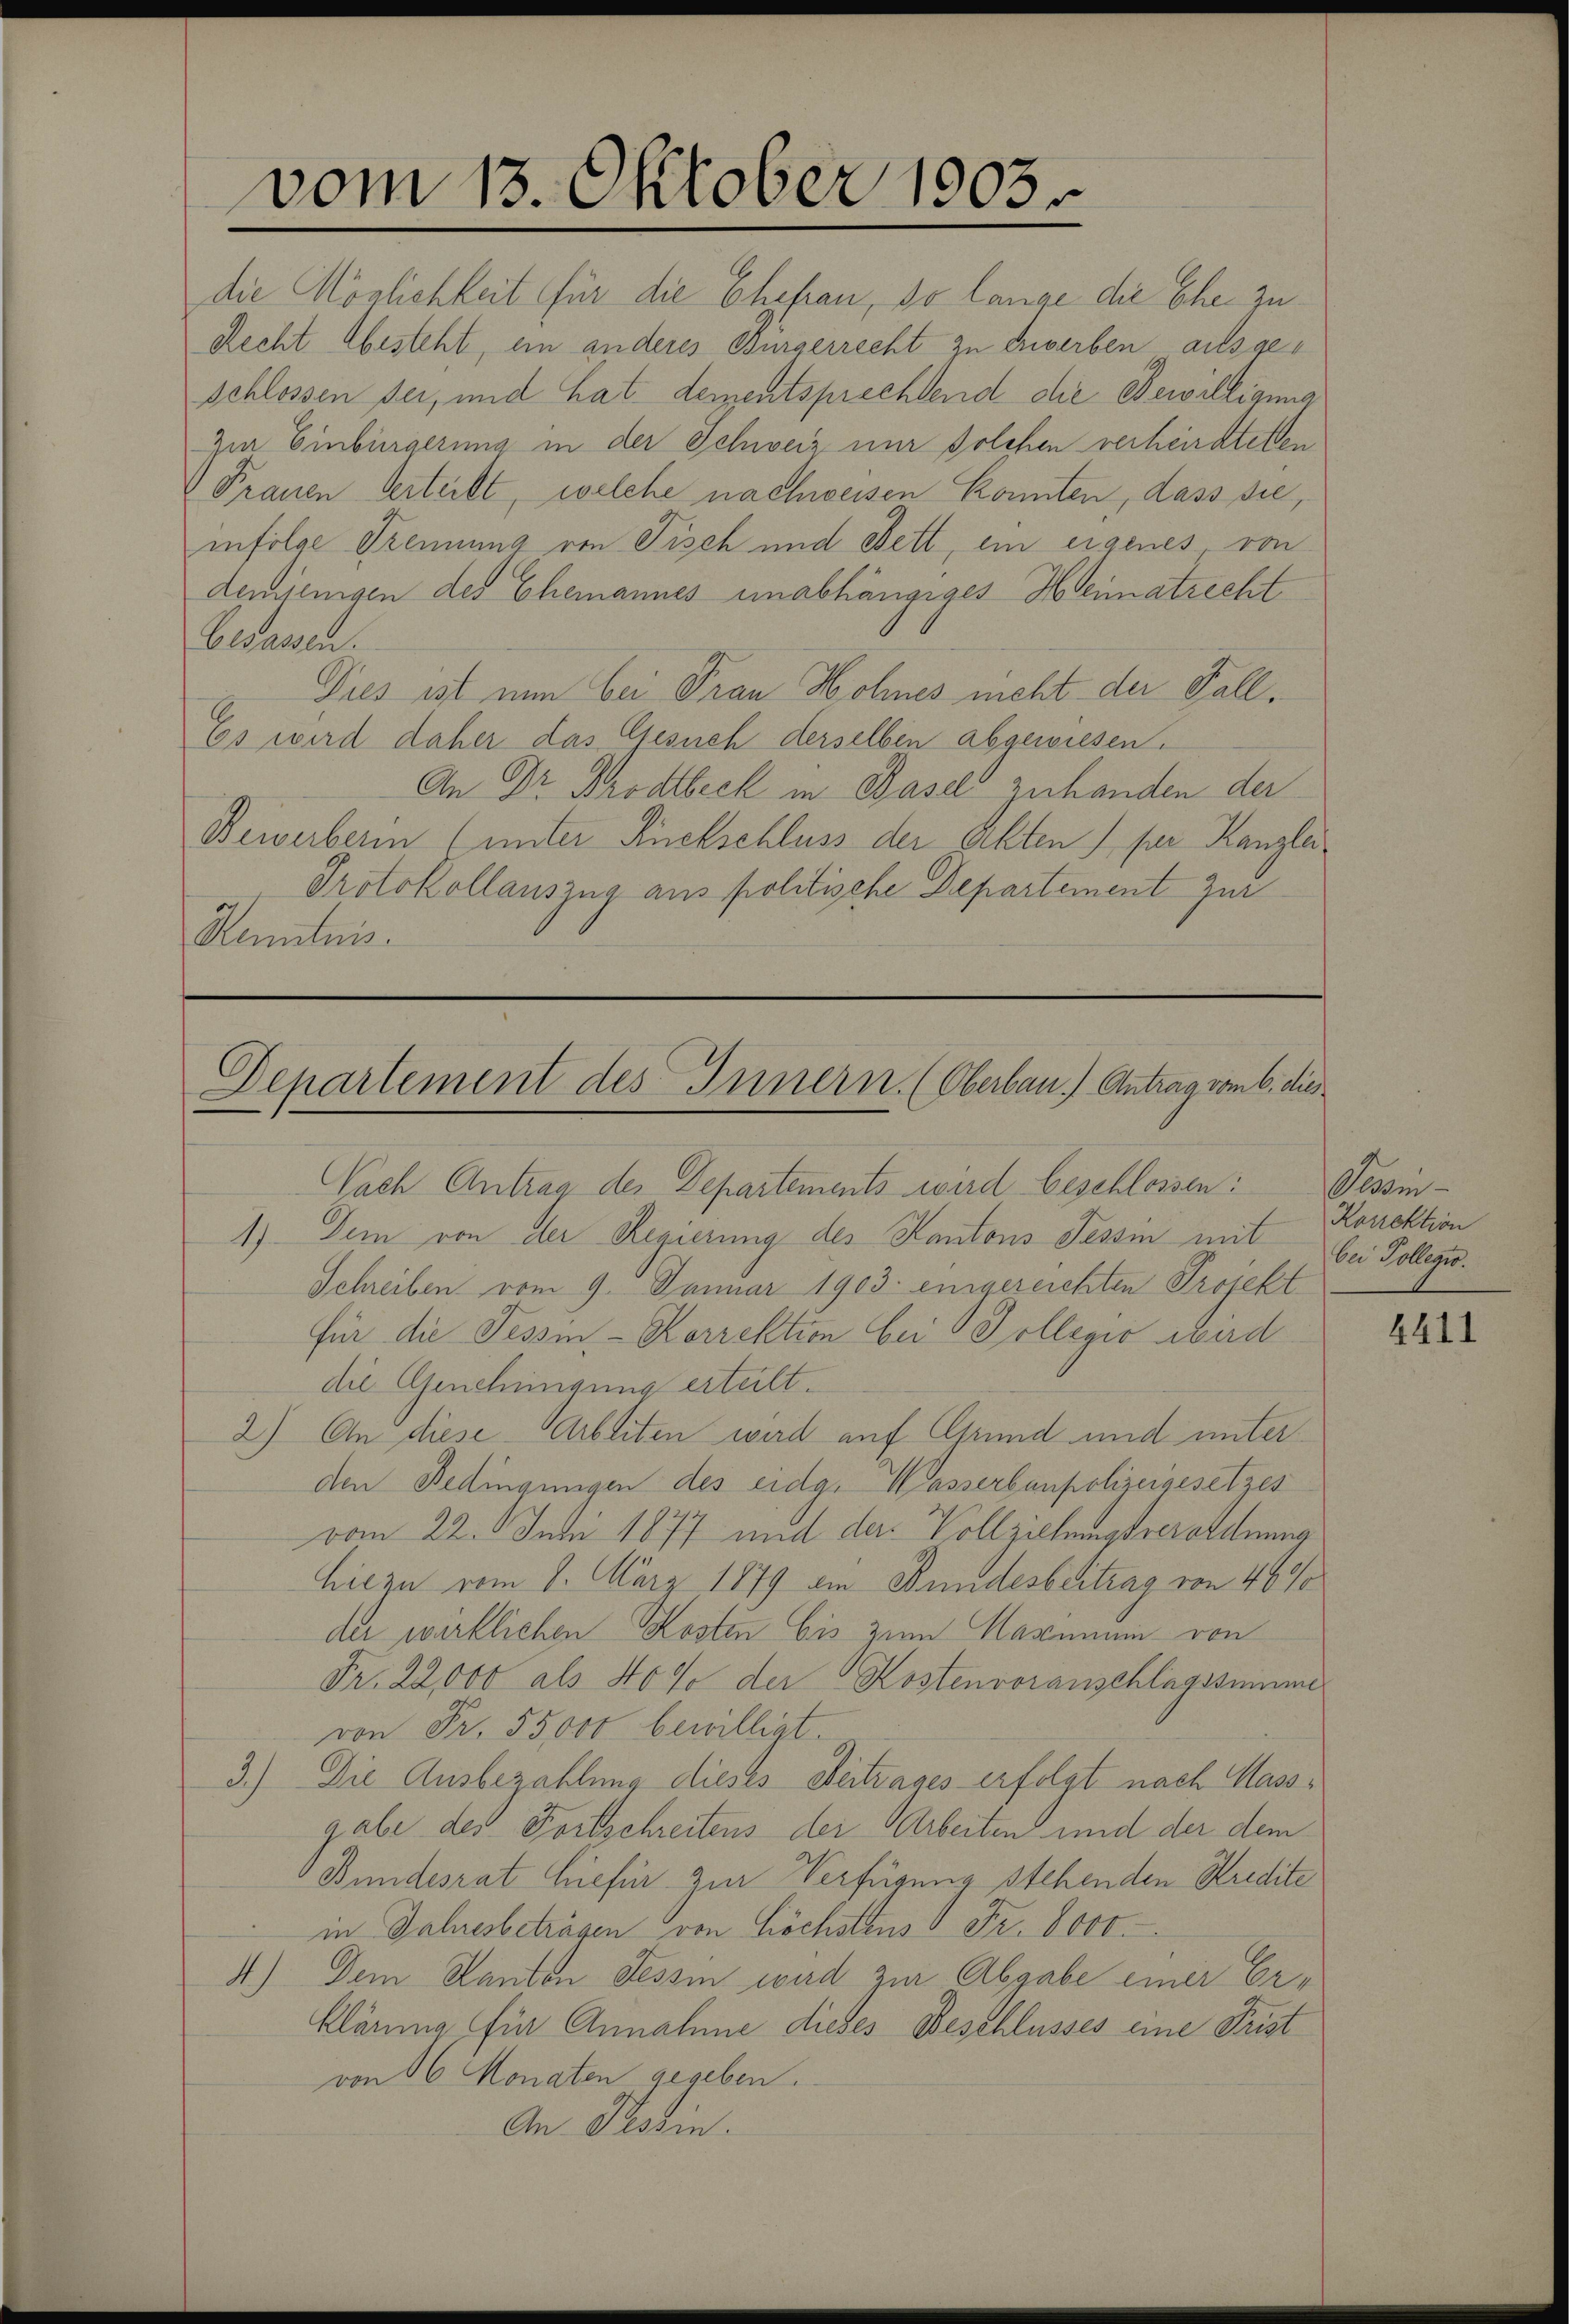
vom 15. Oktober 1903.

die Möglichkeit für die Ehefrau, so lange die Ehe zu¬
Recht besteht, ein anderes Bürgerrecht zu erwerben ausgeschlossen sei, und hat dementsprechtend die Bewilligung
Zur Einbürgerung in der Schweiz nur solchen verheiratetten
Frauen Verteilt, welche nachweisen konnten, dass sie,
infolge Trennung von Fisch und Bett, ein eigenes von
demjenigen des Ehemannes unabhängiges Heimatrecht
Elsassen.
Dies ist nun bei Frau Hohnes nicht der Fall¬
Es wird daher das Gesuch derselben abgewiesen.
An Dr. Brodtbeck in Basel zuhanden der
Bewerberin (unter Rückschluss der achten) per Kanzlei
Protokollauszug aus politische Departement zur
Kenntnis.

Departement des Innern. (Oberbau.) Antrag vom 6. dies

Nach Antrag des Departements wird beschlossen:
1) Dem von der Regierung des Kantons Tessin mit
Schreiben vom 9. Januar 1903. eingereichten Projekt
für die Tessin - Korrektion bei Kollegio wird
die Genehmigung erteilt.
2) An diese Arbeiten wird auf Grund und unter
den Bedingungen des eidg. Wasserbaupolizeigesetzes
vom 22. Juni 1877 und der Vollziehungsverordnung
hiezu vom 8. März 1879 am Findesbeitrag von 46 %
der wärtlichen Kosten bis zum Hagemein von
Fr. 22,000 als 40% der Kostenvoranschlagssumme
von Fr. 55000 bewilligt.
3.) Die Ausbezahlung dieses Beitrages erfolgt nach Massgabe des Fortschreitens der Arbeiten und der dem
Bundesrat hiefür zur Verfügung stehenden Kredite
in Jahresbeträgen von Höchstens 8 Fr. 8000.
4.) Dem Kanton Tessin wird zur Abgabe einer Erklärung für Annahme dieses Beschlusses eine Frist
von 16 Monaten gegeben.
An Tessin.

Tessin
Korrektion
bei Tollegio.

4411